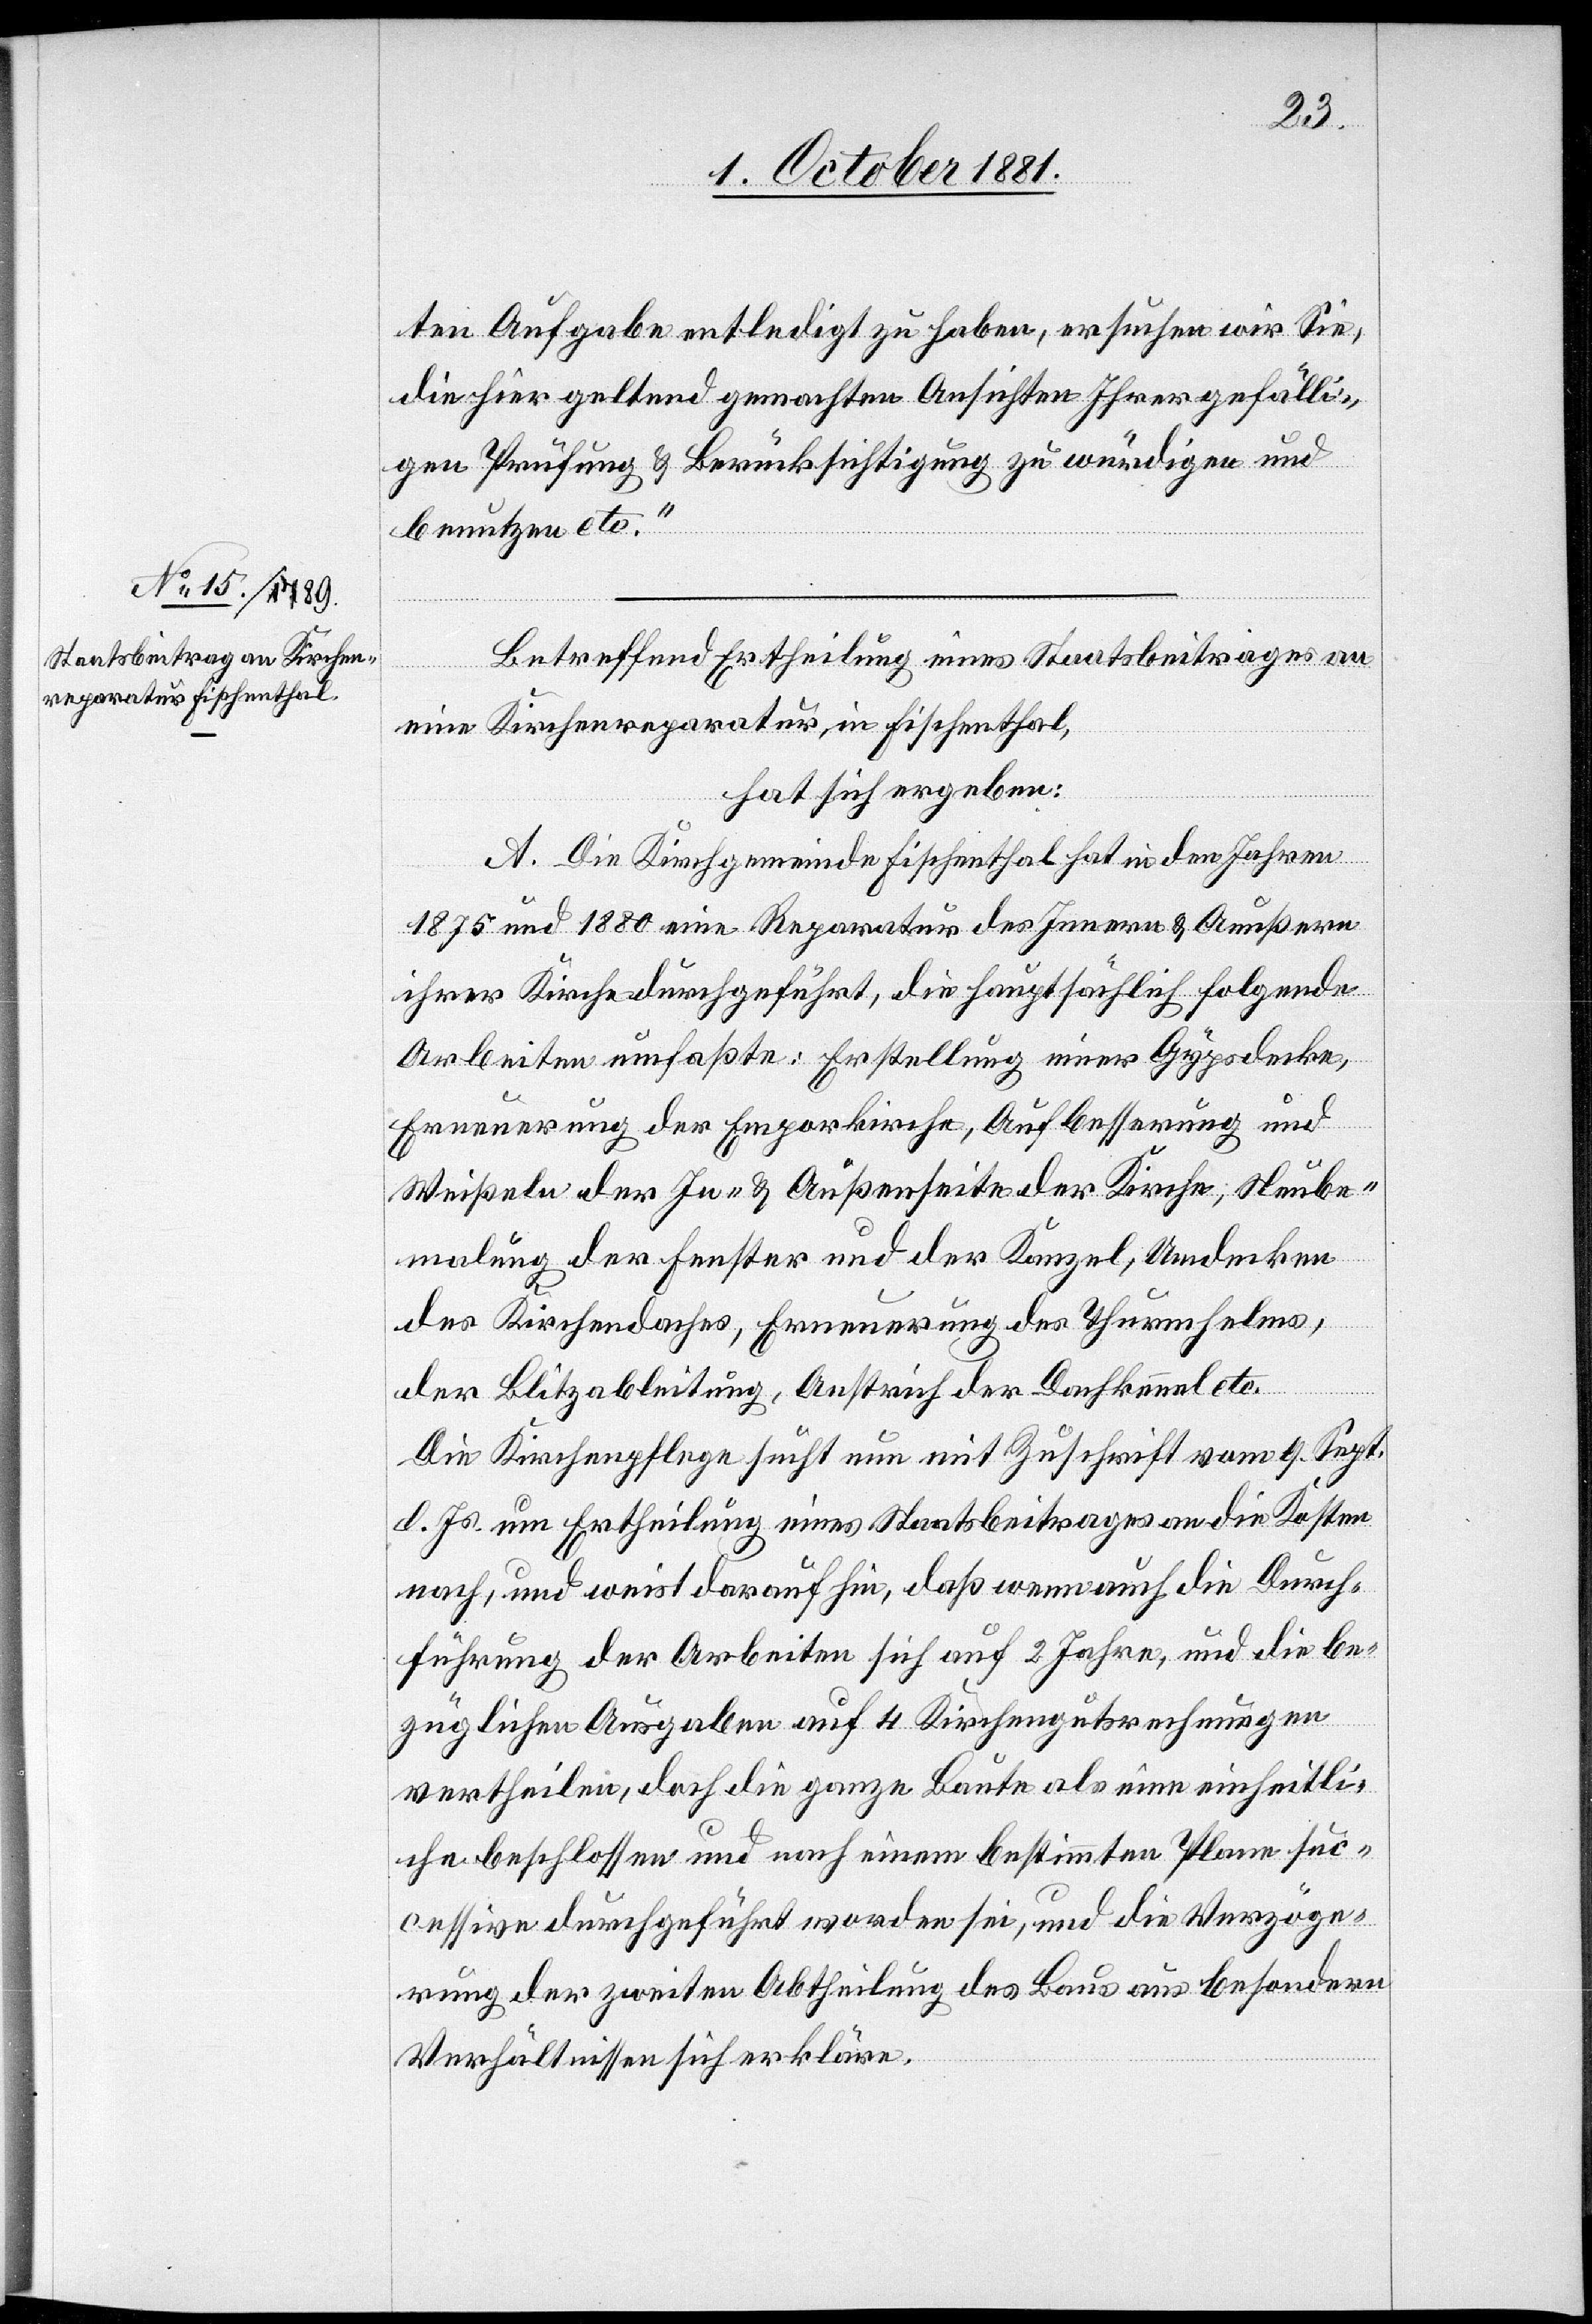
ten Aufgabe entledigt zu haben, ersuchen wir Sie,
die hier geltend gemachten Ansichten Ihrer gefälli¬
gen Prüfung & Berücksichtigung zu würdigen und
benutzen etc.“
Betreffend Ertheilung eines Staatsbeitrages an
eine Kirchenreparatur, in Fischenthal,
hat sich ergeben:
A. Die Kirchgemeinde Fischenthal hat in den Jahren
1875 und 1880 eine Reparatur des Innern & Aeußern
ihrer Kirche durchgeführt, die hauptsächlich folgende
Arbeiten umfaßte: Erstellung einer Gypsdecke,
Erneuerung der Emporkirche, Aufbesserung und
Weißeln der In- & Außenseite der Kirche, Neube¬
malung der Fenster und der Kanzel, Umdecken
des Kirchendaches, Erneuerung des Thurmhelms,
der Blitzableitung, Anstrich der Dachkennel etc.
Die Kirchenpflege sucht nun mit Zuschrift vom 9. Sept.
d. Js. um Ertheilung eines Staatsbeitrages an die Kosten
nach, und weist darauf hin, daß wenn auch die Durch¬
führung der Arbeiten sich auf 2 Jahre, und die be¬
züglichen Ausgaben auf 4 Kirchengutsrechnungen
vertheilen, doch die ganze Baute als eine einheitli¬
che beschlossen und nach einem bestimmten Plane suc¬
cessive durchgeführt worden sei, und die Verzöge¬
rung der zweiten Abtheilung des Baus aus besondern
Verhältnissen sich erklären.